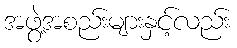
အဖွဲ့အစည်းများနှင့်လည်း